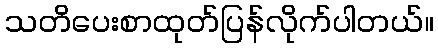
သတိပေးစာထုတ်ပြန်လိုက်ပါတယ်။